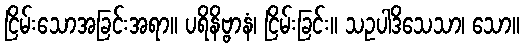
ငြိမ်းသောအခြင်းအရာ။ ပရိနိဗ္ဗာနံ၊ ငြိမ်းခြင်း။ သဥပါဒိသေသာ၊ သော။